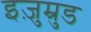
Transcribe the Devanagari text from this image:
इज़ुम्रुड